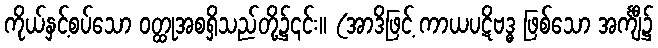
ကိုယ်နှင့်စပ်သော ဝတ္ထုအစရှိသည်တို့၌၎င်း။ (အာဒိဖြင့် ကာယပဋိဗဒ္ဓ ဖြစ်သော အင်္ကျီ၌